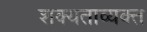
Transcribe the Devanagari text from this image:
शक्यताव्यक्त